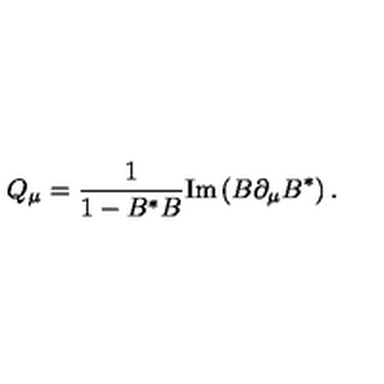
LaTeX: Q _ { \mu } = { \frac { 1 } { 1 - B ^ { * } B } } \mathrm { I m } \left( B \partial _ { \mu } B ^ { * } \right) .